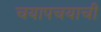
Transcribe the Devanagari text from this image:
चयापचयाची